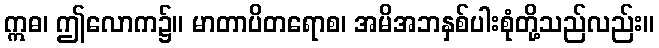
ဣဓ၊ ဤလောက၌။ မာတာပိတရောစ၊ အမိအဘနှစ်ပါးစုံတို့သည်လည်း။